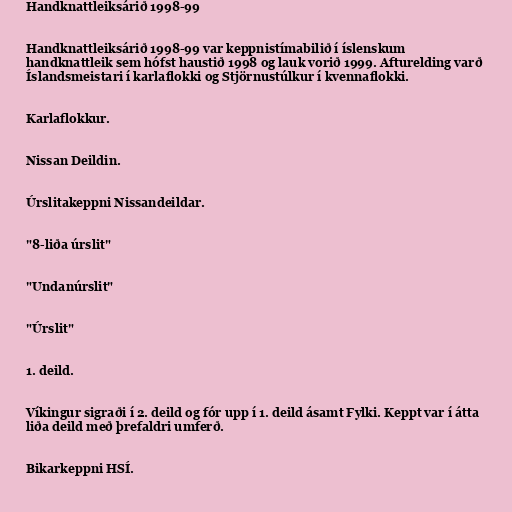
Handknattleiksárið 1998-99

Handknattleiksárið 1998-99 var keppnistímabilið í íslenskum
handknattleik sem hófst haustið 1998 og lauk vorið 1999. Afturelding varð
Íslandsmeistari í karlaflokki og Stjörnustúlkur í kvennaflokki.

Karlaflokkur.

Nissan Deildin.

Úrslitakeppni Nissandeildar.

"8-liða úrslit"

"Undanúrslit"

"Úrslit"

1. deild.

Víkingur sigraði í 2. deild og fór upp í 1. deild ásamt Fylki. Keppt var í átta
liða deild með þrefaldri umferð.

Bikarkeppni HSÍ.